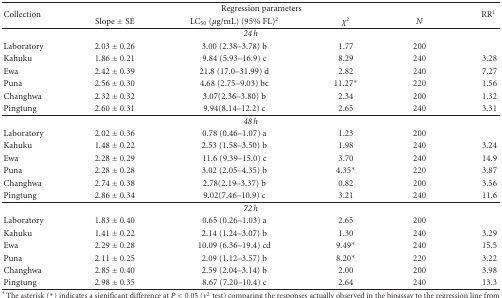
<table><thead><tr><td rowspan="2"><b>Collection</b></td><td colspan="4"><b>Regression parameters</b></td><td rowspan="2"><b>RR<sup>1</sup></b></td></tr><tr><td><b>Slope ± SE</b></td><td><b>LC<sub>50</sub> (<i>μ</i>g/mL) (95% FL)<sup>2</sup></b></td><td><b><i>χ</i>2</b></td><td><b><i>N</i></b></td></tr></thead><tbody><tr><td colspan="6"><i>24 h</i></td></tr><tr><td>Laboratory</td><td>2.03 ± 0.26</td><td>3.00 (2.38–3.78) b</td><td>1.77</td><td>200</td><td></td></tr><tr><td>Kahuku</td><td>1.86 ± 0.21</td><td>9.84 (5.93–16.9) c</td><td>8.29</td><td>240</td><td>3.28</td></tr><tr><td>Ewa</td><td>2.42 ± 0.39</td><td>21.8 (17.0–31.99) d</td><td>2.82</td><td>240</td><td>7.27</td></tr><tr><td>Puna</td><td>2.56 ± 0.30</td><td>4.68 (2.75–9.03) bc</td><td>11.27*</td><td>220</td><td>1.56</td></tr><tr><td>Changhwa</td><td>2.32 ± 0.32</td><td>3.07(2.36–3.80) b</td><td>2.34</td><td>200</td><td>1.32</td></tr><tr><td>Pingtung</td><td>2.60 ± 0.31</td><td>9.94(8.14–12.2) c</td><td>2.65</td><td>240</td><td>3.31</td></tr><tr><td colspan="6"><i>48 h</i></td></tr><tr><td>Laboratory</td><td>2.02 ± 0.36</td><td>0.78 (0.46–1.07) a</td><td>1.23</td><td>200</td><td></td></tr><tr><td>Kahuku</td><td>1.48 ± 0.22</td><td>2.53 (1.58–3.50) b</td><td>1.98</td><td>240</td><td>3.24</td></tr><tr><td>Ewa</td><td>2.28 ± 0.29</td><td>11.6 (9.39–15.0) c</td><td>3.70</td><td>240</td><td>14.9</td></tr><tr><td>Puna</td><td>2.28 ± 0.28</td><td>3.02 (2.05–4.35) b</td><td>4.35*</td><td>220</td><td>3.87</td></tr><tr><td>Changhwa</td><td>2.74 ± 0.38</td><td>2.78(2.19–3.37) b</td><td>0.82</td><td>200</td><td>3.56</td></tr><tr><td>Pingtung</td><td>2.86 ± 0.34</td><td>9.02(7.46–10.9) c</td><td>3.21</td><td>240</td><td>11.6</td></tr><tr><td colspan="6"><i>72 h</i></td></tr><tr><td>Laboratory</td><td>1.83 ± 0.40</td><td>0.65 (0.26–1.03) a</td><td>2.65</td><td>200</td><td></td></tr><tr><td>Kahuku</td><td>1.41 ± 0.22</td><td>2.14 (1.24–3.07) b</td><td>1.30</td><td>240</td><td>3.29</td></tr><tr><td>Ewa</td><td>2.29 ± 0.28</td><td>10.09 (6.36–19.4) cd</td><td>9.49*</td><td>240</td><td>15.5</td></tr><tr><td>Puna</td><td>2.11 ± 0.25</td><td>2.09 (1.12–3.57) b</td><td>8.20*</td><td>220</td><td>3.22</td></tr><tr><td>Changhwa</td><td>2.85 ± 0.40</td><td>2.59 (2.04–3.14) b</td><td>2.00</td><td>200</td><td>3.98</td></tr><tr><td>Pingtung</td><td>2.98 ± 0.35</td><td>8.67 (7.20–10.4) c</td><td>2.64</td><td>240</td><td>13.3</td></tr></tbody></table>